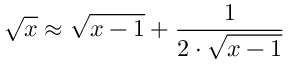
{ \sqrt { x } } \approx { \sqrt { x - 1 } } + { \frac { 1 } { 2 \cdot { \sqrt { x - 1 } } } }